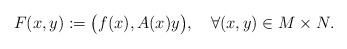
LaTeX: \begin{align*} F(x,y):=\big(f(x),A(x)y\big), \quad\forall (x,y)\in M\times N. \end{align*}